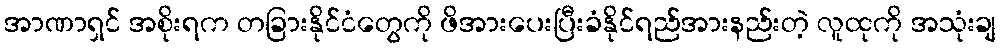
အာဏာရှင် အစိုးရက တခြားနိုင်ငံတွေကို ဖိအားပေးပြီးခံနိုင်ရည်အားနည်းတဲ့ လူထုကို အသုံးချ